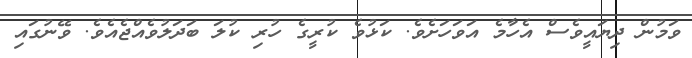
ވަމުން ދިޔައީވެސް އެހާމެ އަވަހަށެވެ. ކަޅުވެ ކުރީގެ ހުރި ކުލަ ބަދަލުވެއްޖެއެވެ. ވޭނުގައި